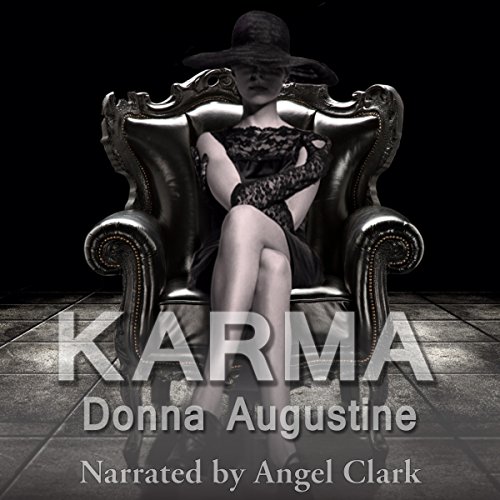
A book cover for Karma: Karma Series, Book 1; Donna Augustine; Science Fiction & Fantasy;